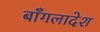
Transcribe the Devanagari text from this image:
बाँगलादेश